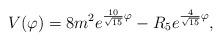
LaTeX: \begin{align*}V(\varphi)=8m^2e^{{10\over\sqrt{15}}\varphi} -R_5e^{{4\over\sqrt{15}}\varphi},\end{align*}